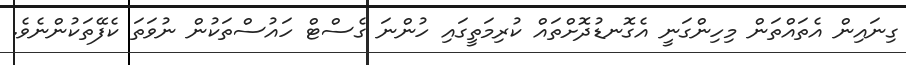
ގިނައިން އެތައްތަން މިހިންގަނީ އެގޮނޑުދޮށްތައް ކުރިމަތީގައި ހުންނަ ގެސްޓް ހައުސްތަކުން ނުވަތަ ކެފޭތަކުންނެވެ.